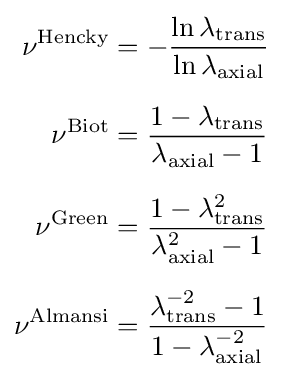
{\begin{aligned}\nu ^{\text{Hencky}}&=-{\frac {\ln \lambda _{\text{trans}}}{\ln \lambda _{\text{axial}}}}\\[6pt]\nu ^{\text{Biot}}&={\frac {1-\lambda _{\text{trans}}}{\lambda _{\text{axial}}-1}}\\[6pt]\nu ^{\text{Green}}&={\frac {1-\lambda _{\text{trans}}^{2}}{\lambda _{\text{axial}}^{2}-1}}\\[6pt]\nu ^{\text{Almansi}}&={\frac {\lambda _{\text{trans}}^{-2}-1}{1-\lambda _{\text{axial}}^{-2}}}\end{aligned}}